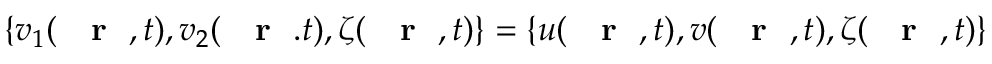
\{ v _ { 1 } ( \mathrm { ~ { ~ \bf ~ r ~ } ~ } , t ) , v _ { 2 } ( \mathrm { ~ { ~ \bf ~ r ~ } ~ } . t ) , \zeta ( \mathrm { ~ { ~ \bf ~ r ~ } ~ } , t ) \} = \{ u ( \mathrm { ~ { ~ \bf ~ r ~ } ~ } , t ) , v ( \mathrm { ~ { ~ \bf ~ r ~ } ~ } , t ) , \zeta ( \mathrm { ~ { ~ \bf ~ r ~ } ~ } , t ) \}